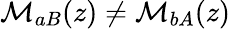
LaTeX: \mathcal{M}_{aB}(z)\ne\mathcal{M}_{bA}(z)